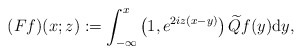
\begin{align*}(Ff)(x;z):=\int_{-\infty}^x\left(1,e^{2iz(x-y)}\right)\widetilde{Q} f(y)\mathrm{d}y,\end{align*}